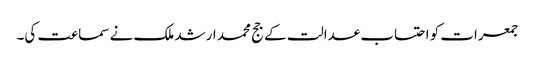
جمعرات کو احتساب عدالت کے جج محمد ارشد ملک نے سماعت کی۔